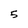
Character: 5